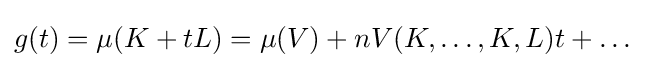
{\textstyle g(t)=\mu (K+tL)=\mu (V)+nV(K,\ldots ,K,L)t+\ldots }